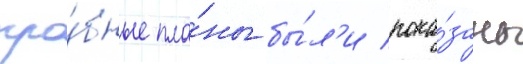
про́бные пла́ны бы́л'и пока́заны